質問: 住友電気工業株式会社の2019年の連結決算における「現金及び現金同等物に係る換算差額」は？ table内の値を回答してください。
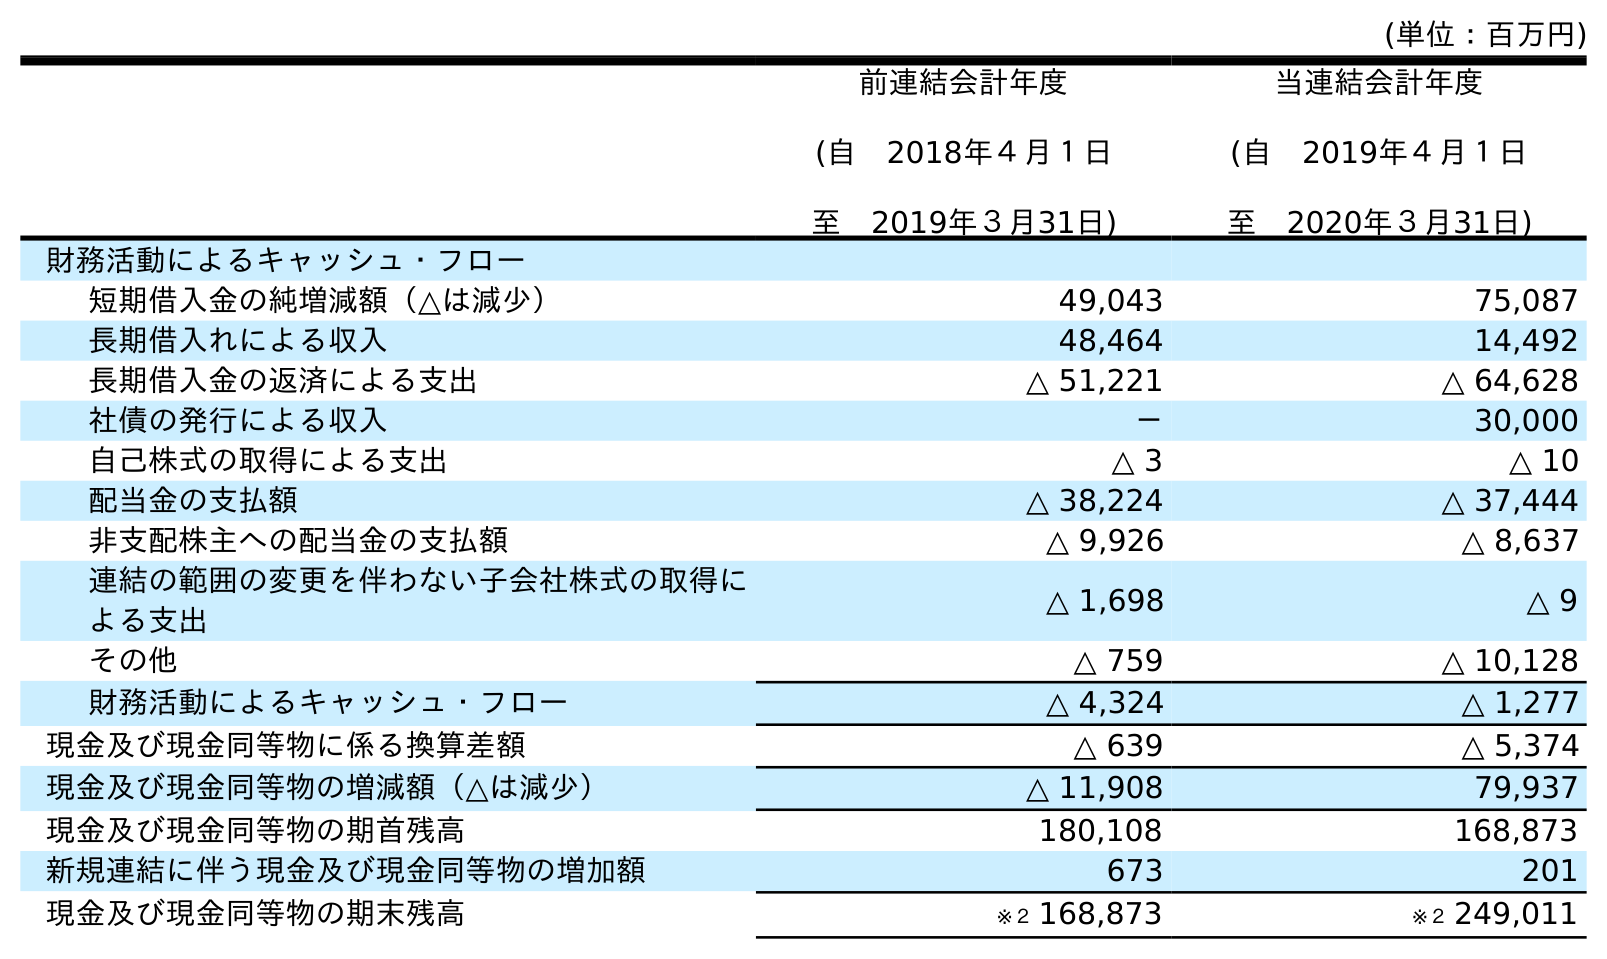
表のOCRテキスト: (単位：百万円) 前連結会計年度 (自 2018年４月１日 至 2019年３月31日) 当連結会計年度 (自 2019年４月１日 至 2020年３月31日) 財務活動によるキャッシュ・フロー 短期借入金の純増減額（△は減少） 49,043 75,087 長期借入れによる収入 48,464 14,492 長期借入金の返済による支出 △ 51,221 △ 64,628 社債の発行による収入 － 30,000 自己株式の取得による支出 △ 3 △ 10 配当金の支払額 △ 38,224 △ 37,444 非支配株主への配当金の支払額 △ 9,926 △ 8,637 連結の範囲の変更を伴わない子会社株式の取得に よる支出 △ 1,698 △ 9 その他 △ 759 △ 10,128 財務活動によるキャッシュ・フロー △ 4,324 △ 1,277 現金及び現金同等物に係る換算差額 △ 639 △ 5,374 現金及び現金同等物の増減額（△は減少） △ 11,908 79,937 現金及び現金同等物の期首残高 180,108 168,873 新規連結に伴う現金及び現金同等物の増加額 673 201 現金及び現金同等物の期末残高 ※２ 168,873 ※２ 249,011
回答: △639